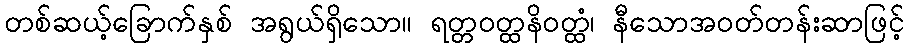
တစ်ဆယ့်ခြောက်နှစ် အရွယ်ရှိသော။ ရတ္တဝတ္ထနိဝတ္ထံ၊ နီသောအဝတ်တန်းဆာဖြင့်